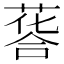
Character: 𦷌